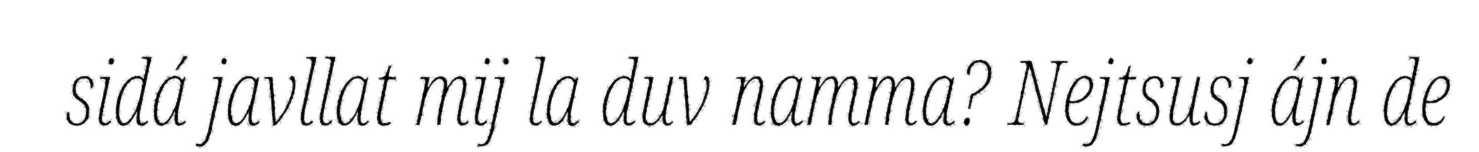
sidá javllat mij la duv namma? Nejtsusj ájn de